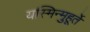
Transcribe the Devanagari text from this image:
यस्मिन्मुहूर्ते